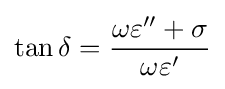
\tan \delta ={\frac {\omega \varepsilon ''+\sigma }{\omega \varepsilon '}}